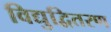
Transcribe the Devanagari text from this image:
विद्युद्वितरण